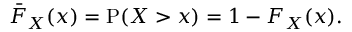
{ \bar { F } } _ { X } ( x ) = \operatorname { P } ( X > x ) = 1 - F _ { X } ( x ) .